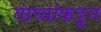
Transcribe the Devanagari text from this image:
वाघ्यांकडून